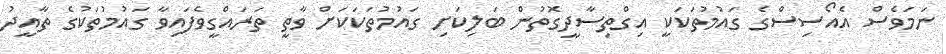
ނަމަވެސް އެއޯސިސްގެ ގައުމުތަކަކީ އިގްތިސާދީގޮތުން ބަލިކަށި ގައުމުތަކަކަށް ވާތީ ތަރައްގީވެފައިވާ ގައުމުތަކުގެ ތާއީދު